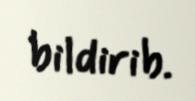
bildirib.